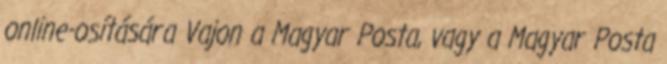
online-osítására Vajon a Magyar Posta, vagy a Magyar Posta